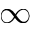
\infty